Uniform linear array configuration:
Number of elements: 8
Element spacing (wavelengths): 0.75
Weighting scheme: hann
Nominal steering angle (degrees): -15
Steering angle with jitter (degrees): -15.12
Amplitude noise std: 0.05
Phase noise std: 0.05

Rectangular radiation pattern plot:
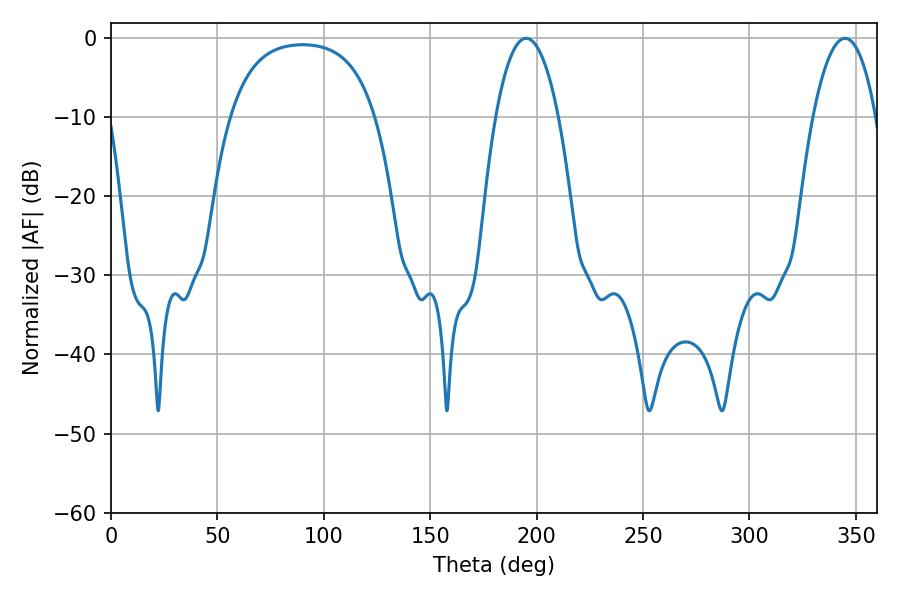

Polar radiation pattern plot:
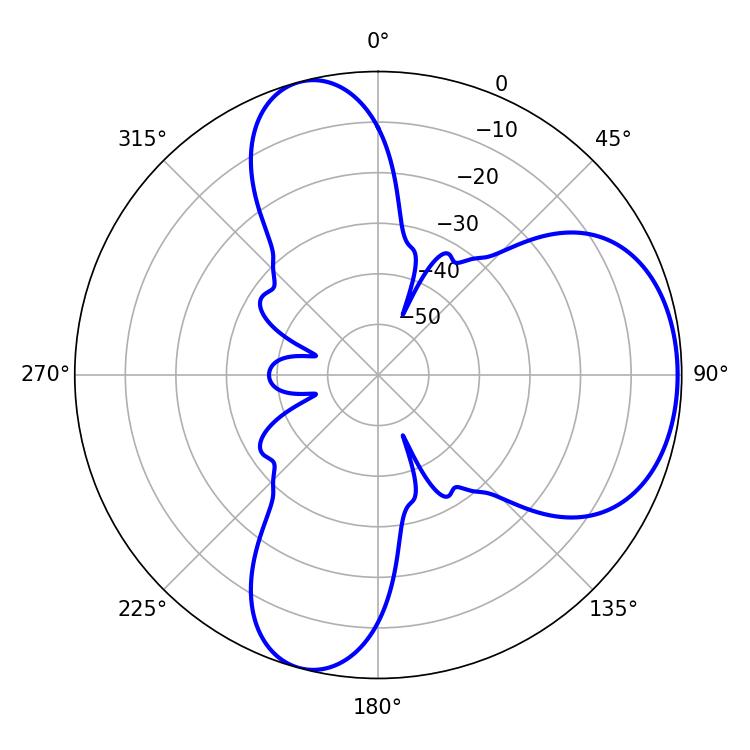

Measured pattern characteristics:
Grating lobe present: TRUE
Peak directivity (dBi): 6.155
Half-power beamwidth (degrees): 16.38
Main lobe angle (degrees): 195.12